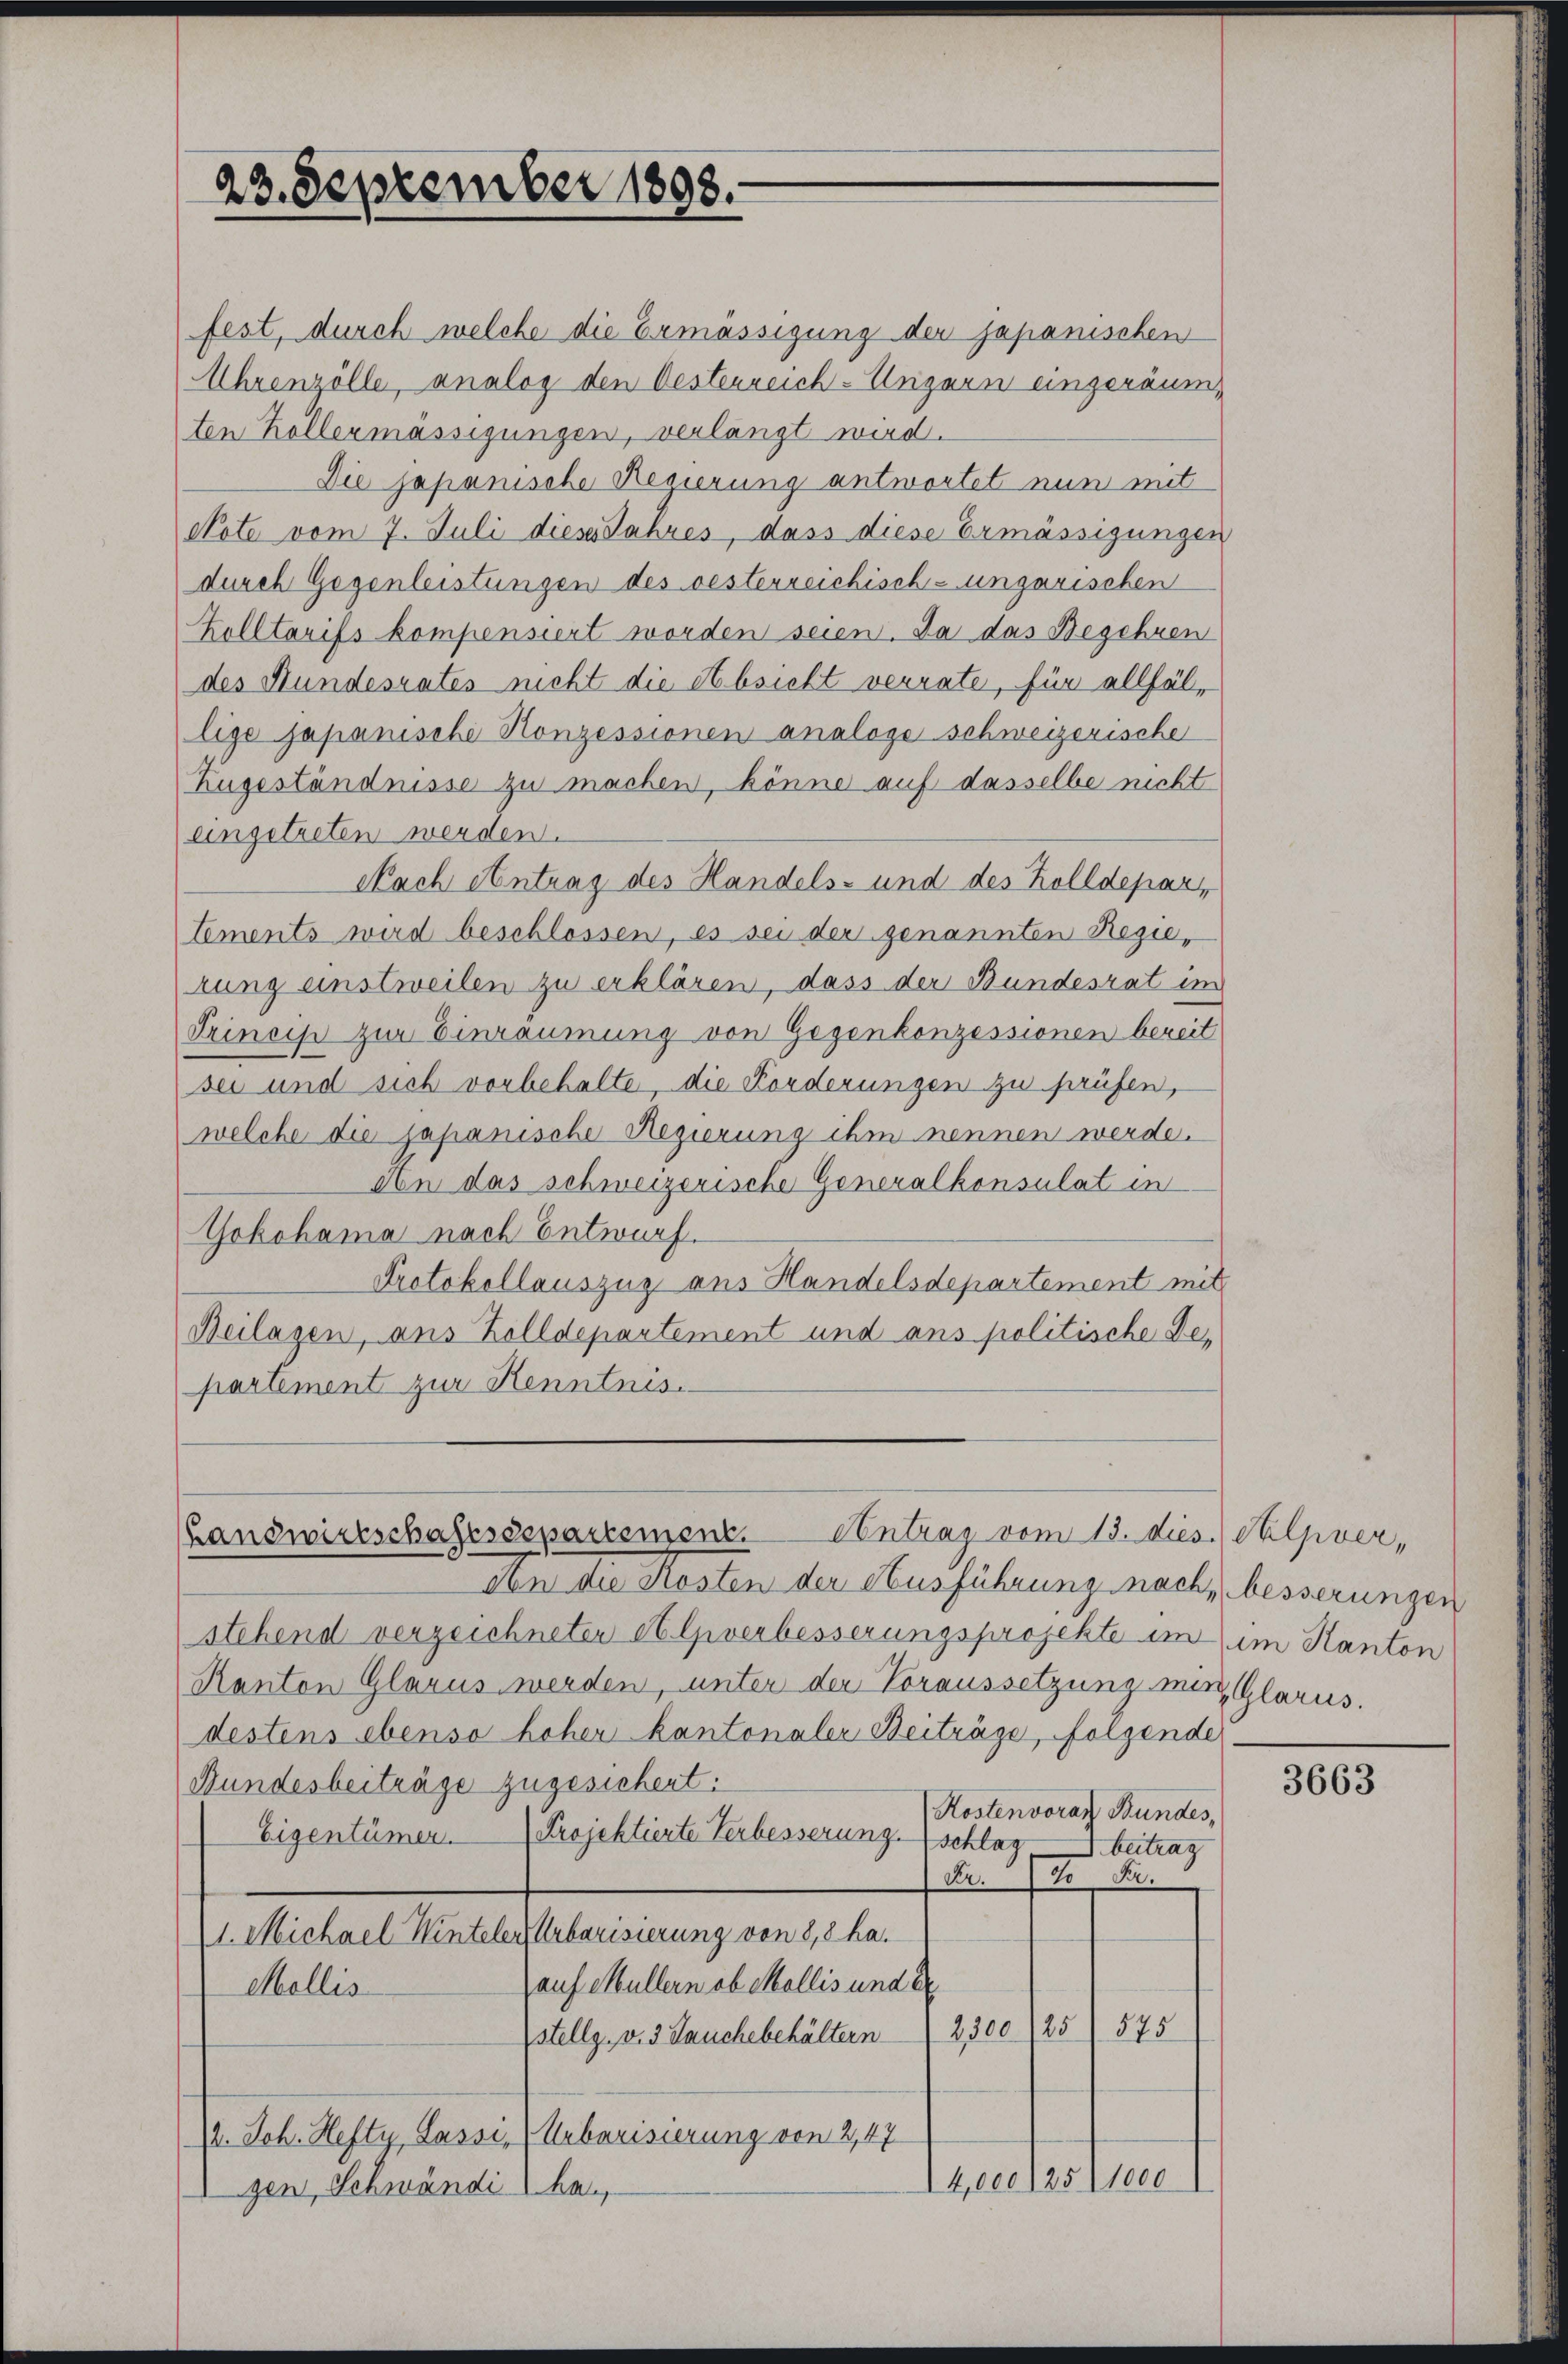
23. September 1898.

Landwirtschaftssepartement. Antrag vom 13. dies. Helver,

fest, durch welche die Ermässigung der japanischen
Uhrenzölle, analog den Oestenreich-Ungern eingeräum
ten Kollermässigungen, verlangt wird.
Die japanische Regierung antwortet nun mit
Note vom 7. Juli dieses Jahres, dass diese Ermässigungen
durch Gegenleistungen des oesterreichisch-ungarischen
Kolltarifs kompensiert worden seien. Da das Begehren
des Hundesrates nicht die Absicht verrate, für allfällige Japanische Konzessionen analoge schweizerische
Zugeständnisse zu machen, könne auf dasselbe nicht
angetreten werden.
Nach Antrag des Handels- und des Zolldepar
tements wird beschlossen, es sei der genannten Regierung einstweilen zu erklären, dass der Bundesrat im
Trincip zur Einräumung von Gegenkonzessionen bereit
sei und sich vorbehalte, die Forderungen zu prüfen,
welche die Japanische Regierung ihm nennen werde.
An das schweizerische Generalkonsulat in
Yokohama nach Entwurf.
Protokollauszug aus Handelsdepartement mit
Beilagen, aus Zolldepartement und ans politische Bepartement zur Kenntnis

den die Kosten der Ausführung nach, besserungen
stehend verzeichneter et liverbesserungsprojekte in im Kanton
Kanton Glarus werden, unter der Voraussetzung mir, Glarus.
destens ebenso hoher kantonaler Beiträge, folgende
Bundesbeiträge zugesichent.
Kostenvoran Bundes,
Eigentümer. Projektierte Verbesserung schlag,
I. beitrag
Fr. 70 Fr.
1. Michael Winteler Urbarisierung von 8,3 ha.
auf Müllern ob Mollis und Er
Mollis
575
(stellg. v. 3. Jauchebehältern (2300. 125
14. Joh. Hefty, Lassi, (Urbarisierung von 2,47
14,000/2511000
gen, Schwändi ha

3663